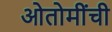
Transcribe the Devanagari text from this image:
ओतोमींची